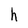
Character: h